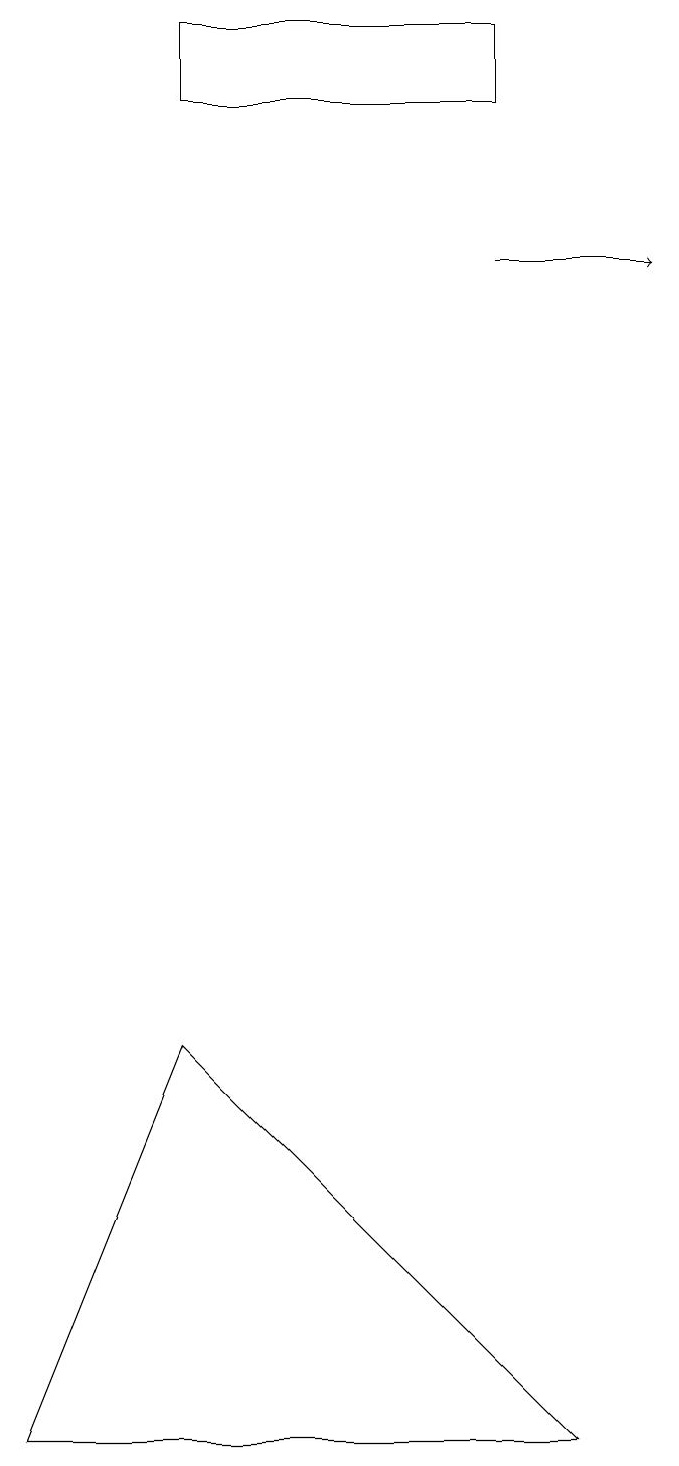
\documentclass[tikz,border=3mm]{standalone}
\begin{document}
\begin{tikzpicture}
\draw (2,19) rectangle (6,18);
\draw (0,1) -- (2,6) -- (7,1) -- cycle;
\draw[->] (6,16) -- (8,16);
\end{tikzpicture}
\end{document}